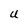
Character: U